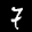
Label: 7